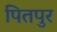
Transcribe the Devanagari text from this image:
पितपुर